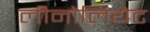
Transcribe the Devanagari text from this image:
लीनोलियेट